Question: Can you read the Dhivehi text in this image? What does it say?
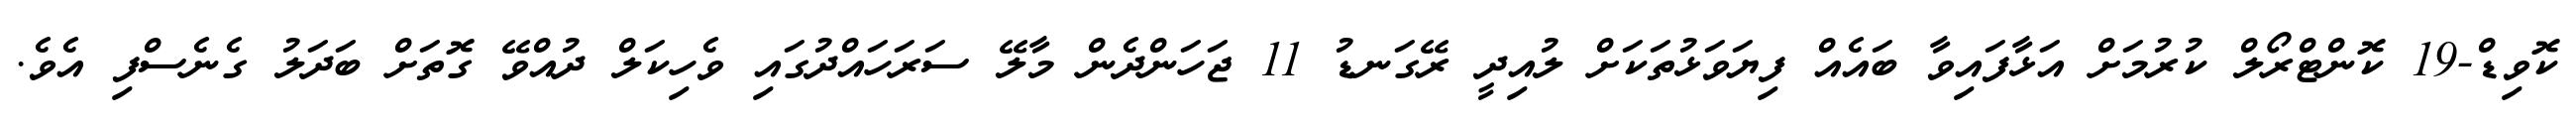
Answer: ކޮވިޑް-19 ކޮންޓްރޯލް ކުރުމަށް އަޅާފައިވާ ބައެއް ފިޔަވަޅުތަކަށް ލުއިދީ ރޭގަނޑު 11 ޖަހަންދެން މާލޭ ސަރަހައްދުގައި ވެހިކަލް ދުއްވޭ ގޮތަށް ބަދަލު ގެނެސްފި އެވެ.